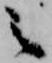
之